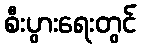
စီးပွားရေးတွင်